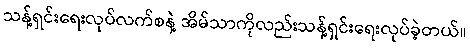
သန့်ရှင်းရေးလုပ်လက်စနဲ့ အိမ်သာကိုလည်းသန့်ရှင်းရေးလုပ်ခဲ့တယ်။